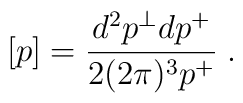
[p]=\frac{d^2p^\perp dp^+}{2 (2\pi)^3 p^+}\;.